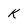
Character: K